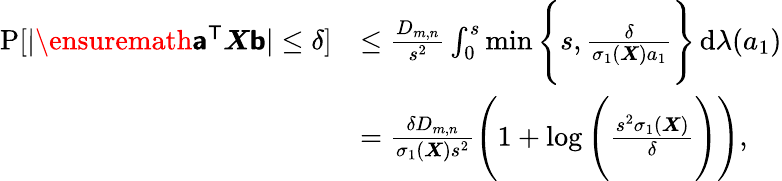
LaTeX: \begin{array}{rl}{\operatorname{P}[|\ensuremath{{\boldsymbol{\mathsf{a}}}^{\mathsf{T}}}{\boldsymbol{X}}{\boldsymbol{\mathsf{b}}}|\leq\delta]}&{\leq\frac{D_{m,n}}{s^{2}}\int_{0}^{s}\operatorname*{min}\Bigg\{ s,\frac{\delta}{\sigma_{1}({\boldsymbol{X}})a_{1}}\Bigg\} \, \mathrm d\lambda(a_{1})}\\ &{=\frac{\delta D_{m,n}}{\sigma_{1}({\boldsymbol{X}})s^{2}}\Bigg(1+\log\Bigg(\frac{s^{2}\sigma_{1}({\boldsymbol{X}})}{\delta}\Bigg)\Bigg),}\end{array}